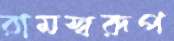
রামস্বরূপ